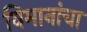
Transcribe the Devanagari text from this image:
विमानांंचा